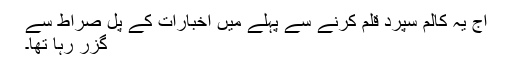
آج یہ کالم سپرد قلم کرنے سے پہلے میں اخبارات کے پل صراط سے
گزر رہا تھا۔